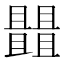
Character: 𠁠